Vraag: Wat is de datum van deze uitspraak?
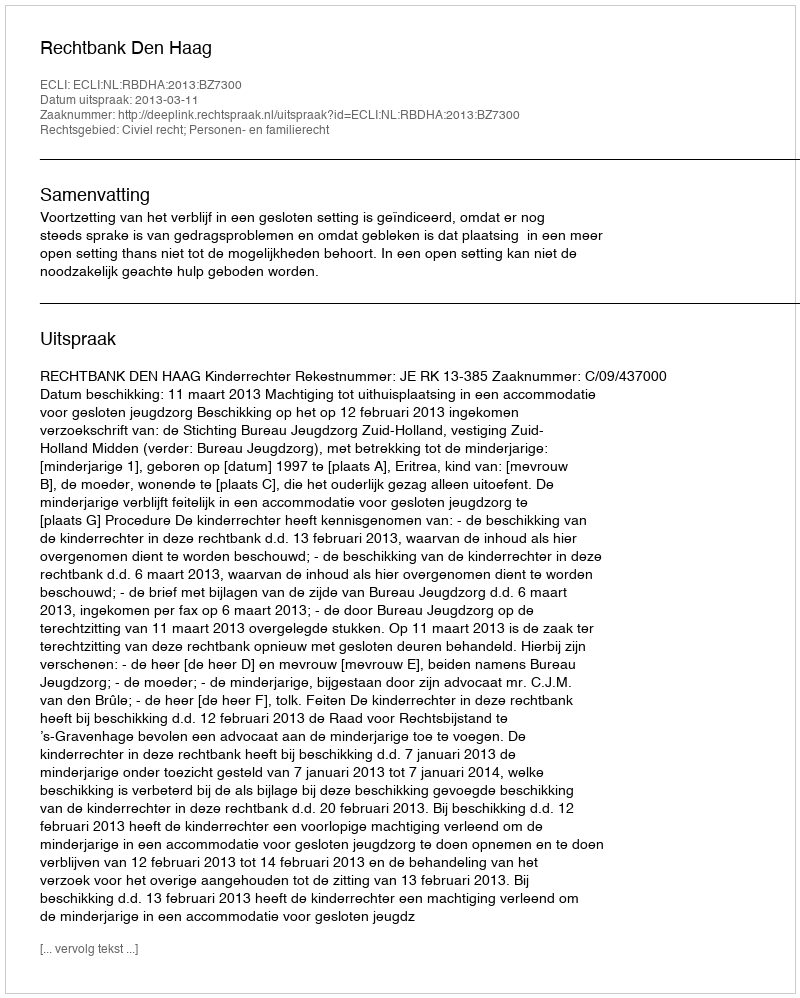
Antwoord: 2013-03-11